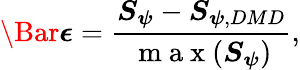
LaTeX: \Bar{\boldsymbol{\epsilon}}=\frac{\boldsymbol{S}_{\boldsymbol{\psi}}-\boldsymbol{S}_{\boldsymbol{\psi},DMD}}{\mathrm{~m~a~x~}(\boldsymbol{S}_{\boldsymbol{\psi}})},